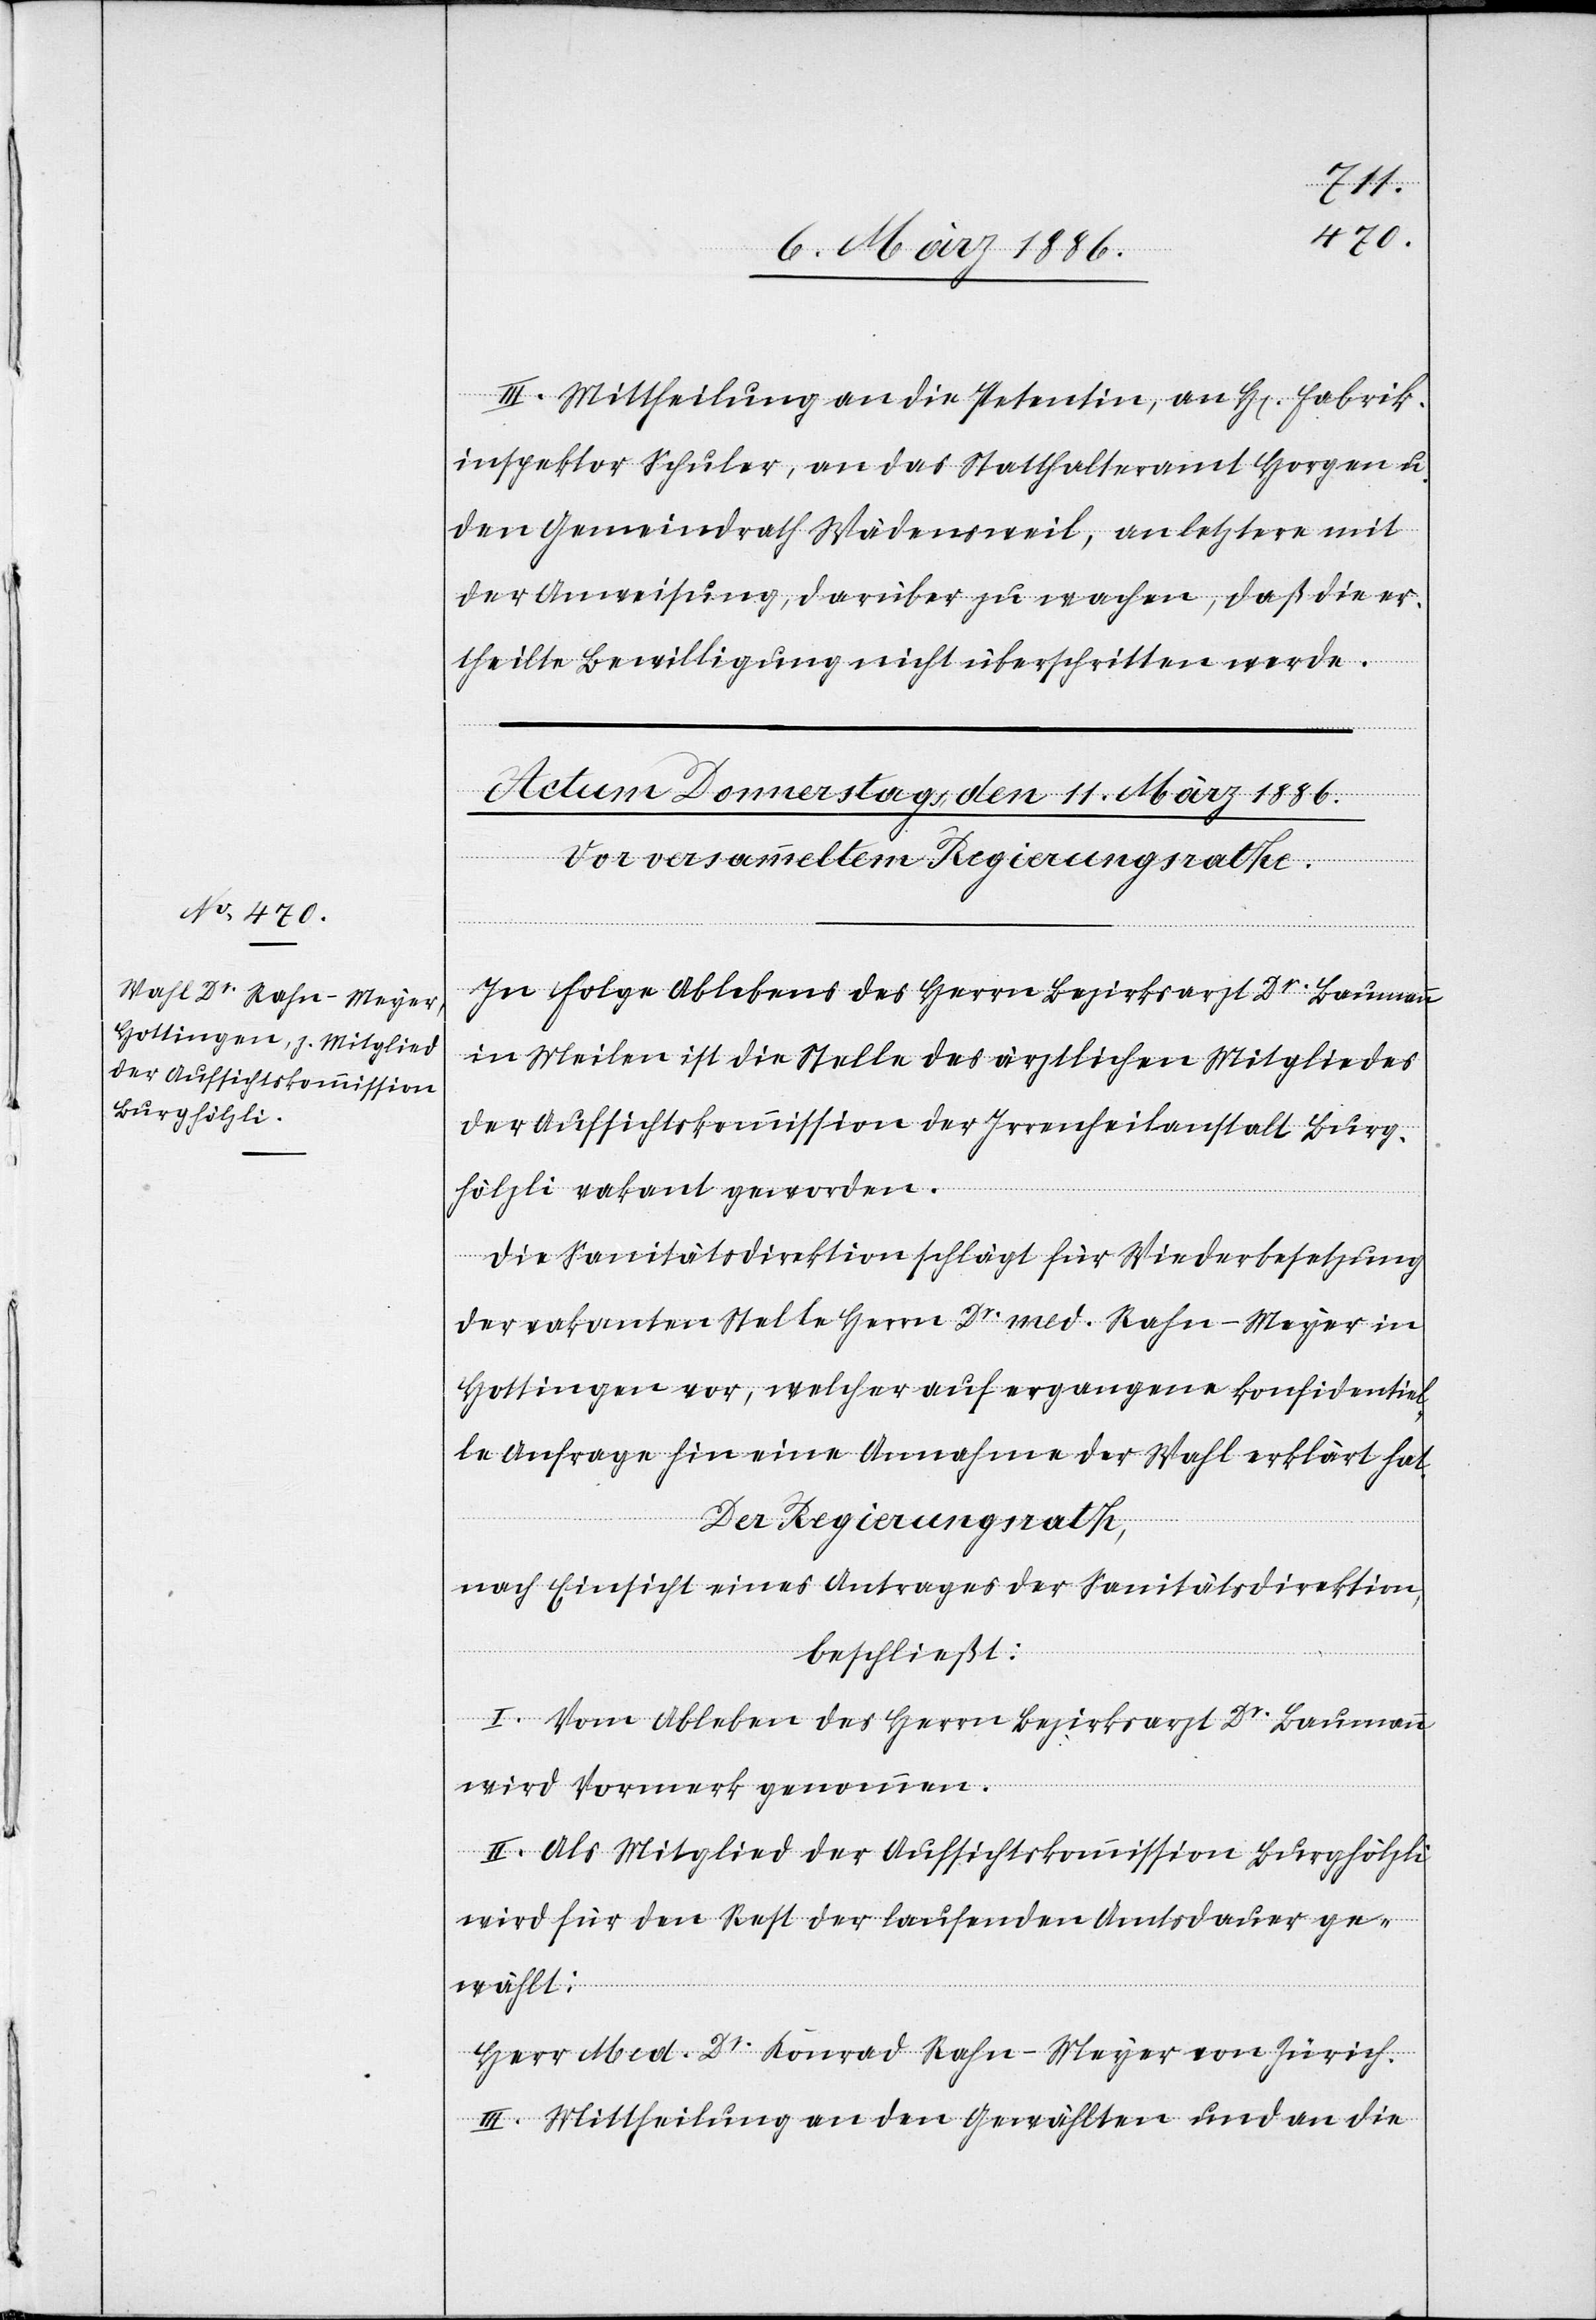
III. Mittheilung an die Petentin, an H[errn] Fabrik¬
inspektor Schuler, an das Statthalteramt Horgen u.
den Gemeindrath Wädensweil, an letztern mit
der Anweisung, darüber zu wachen, daß die er¬
theilte Bewilligung nicht überschritten werde.
In Folge Ablebens des Herrn Bezirksarzt Dr. Baumann
in Meilen ist die Stelle des ärztlichen Mitgliedes
der Aufsichtskommission der Irrenheilanstalt Burg¬
hölzli vakant geworden.
Die Sanitätsdirektion schlägt für Wiederbesetzung
der vakanten Stelle Herrn Dr. med. Rahn-Meyer in
Hottingen vor, welcher auf vergangene konfidentiel¬
le Anfrage hin seine Annahme der Wahl erklärt hat.
Der Regierungsrath,
nach Einsicht eines Antrages der Sanitätsdirektion,
beschließt:
I. Vom Ableben des Herrn Bezirksarzt Dr. Baumann
wird Vormerk genommen.
II. Als Mitglied der Aufsichtskommission Burghölzli
wird für en Rest der laufenden Amtsdauer ge¬
wählt:
Herr Med. Dr. Konrad Rahn-Meyer von Zürich.
III. Mittheilung an den Gewählten und an die